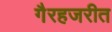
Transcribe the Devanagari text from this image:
गैरहजरीत